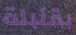
بقنبلة